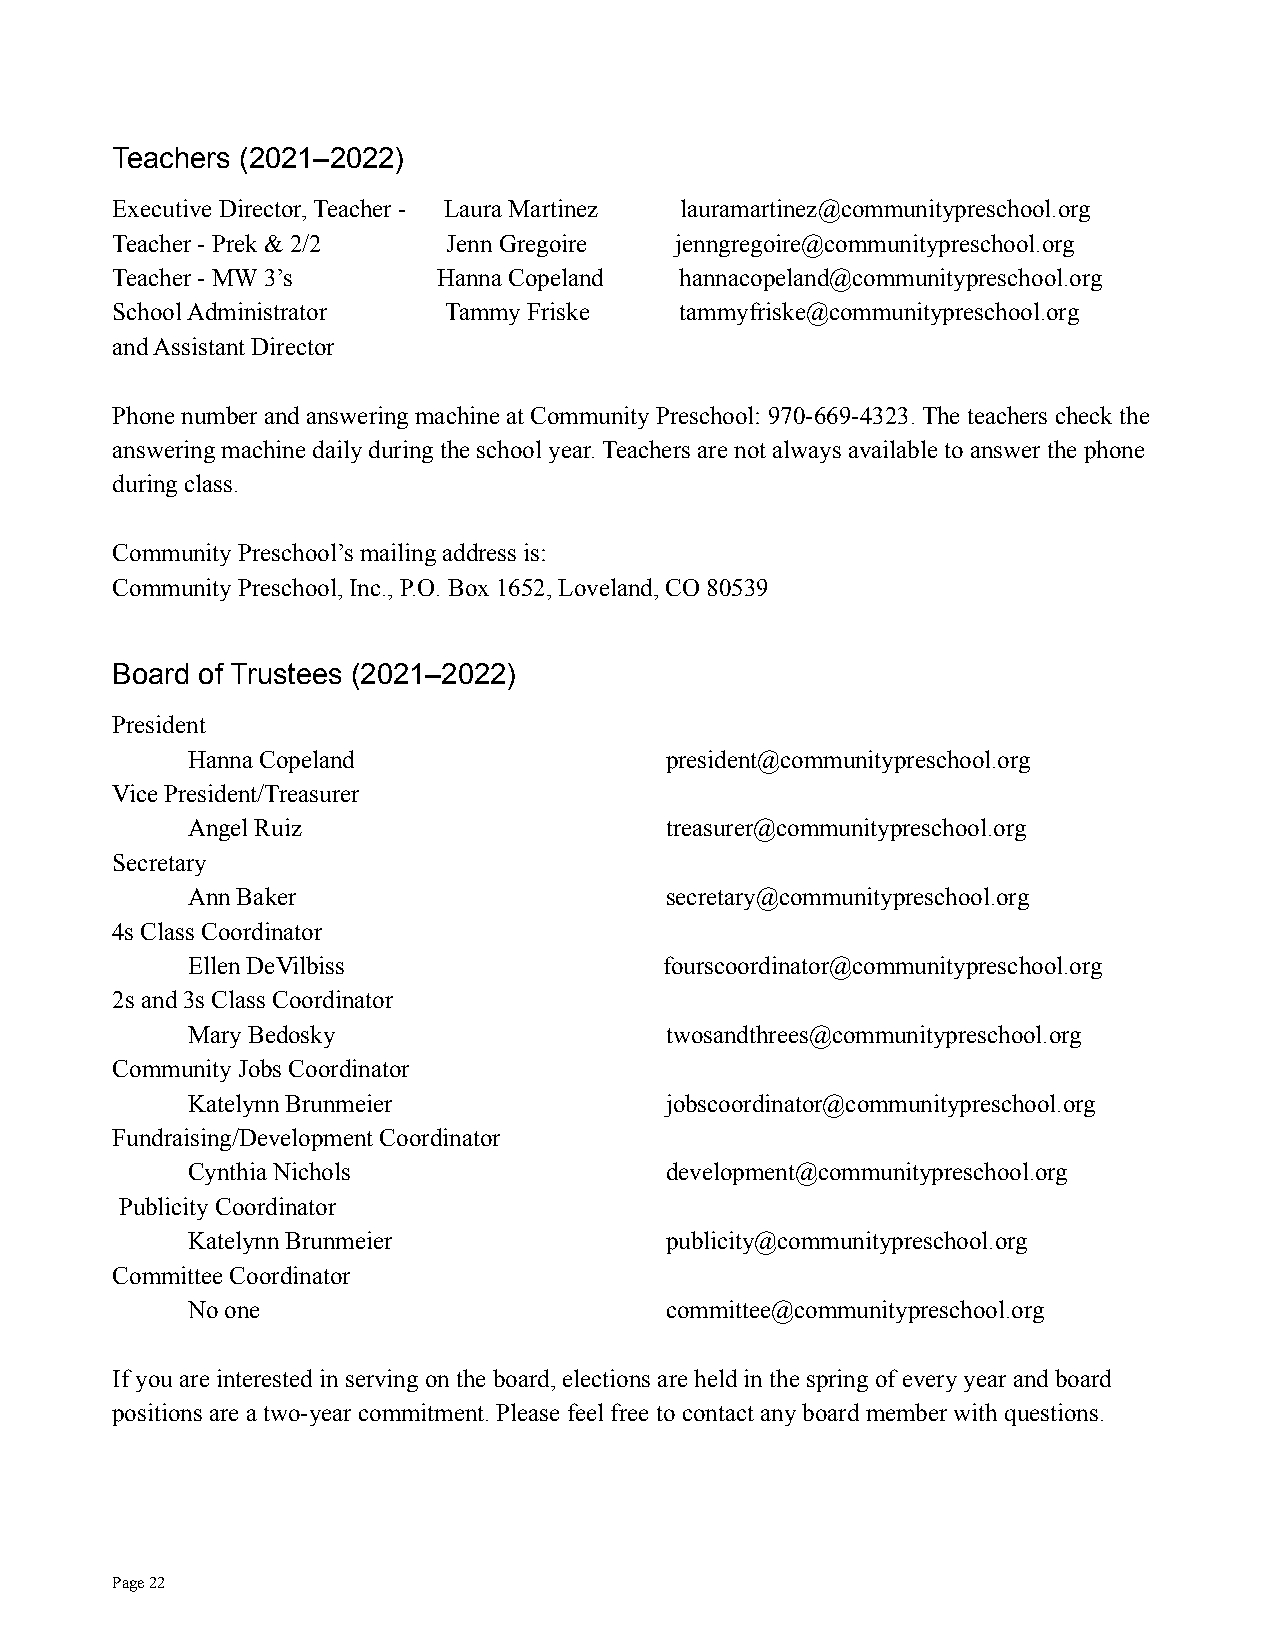
Teachers (2021–2022)
 Executive Director, Teacher - Laura Martinez lauramartinez@communitypreschool.org
 Teacher - Prek & 2/2   Jenn Gregoire  jenngregoire@communitypreschool.org
 Teacher - MW 3’s      Hanna Copeland  hannacopeland@communitypreschool.org
 School Administrator  Tammy Friske    tammyfriske@communitypreschool.org
 and Assistant Director
 Phone number and answering machine at Community Preschool:970-669-4323. The teachers check the
 answering machine daily during the school year. Teachers are not always available to answer the phone
 during class.
 Community Preschool’s mailing address is:
 Community Preschool, Inc., P.O. Box 1652, Loveland,CO 80539
 Board of Trustees (2021–2022)
 President
 Hanna Copeland                  president@communitypreschool.org
 Vice President/Treasurer
 Angel Ruiz                      treasurer@communitypreschool.org
 Secretary
 Ann Baker                       secretary@communitypreschool.org
 4s Class Coordinator
 Ellen DeVilbiss                 fourscoordinator@communitypreschool.org
 2s and 3s Class Coordinator
 Mary Bedosky                    twosandthrees@communitypreschool.org
 Community Jobs Coordinator
 Katelynn Brunmeier              jobscoordinator@communitypreschool.org
 Fundraising/Development Coordinator
 Cynthia Nichols                 development@communitypreschool.org
 Publicity Coordinator
 Katelynn Brunmeier              publicity@communitypreschool.org
 Committee Coordinator
 No one                          committee@communitypreschool.org
 If you are interested in serving on the board, elections are held in the spring of every year and board
 positions are a two-year commitment. Please feel free to contact any board member with questions.
 Page22